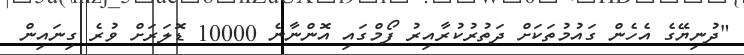
"ދުނިޔޭގެ އެހެން ގައުމުތަކަށް ދަތުރުކުރާއިރު ފޯމްގައި އޮންނާނެ 10000 ޑޮލަރަށް ވުރެ ގިނައިން